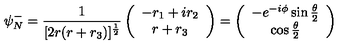
\psi _ { N } ^ { - } = \frac { 1 } { [ 2 r ( r + r _ { 3 } ) ] ^ { \frac { 1 } { 2 } } } \left( \begin{array} { c } { - r _ { 1 } + i r _ { 2 } } \\ { r + r _ { 3 } } \\ \end{array} \right) = \left( \begin{array} { c } { - e ^ { - i \phi } \sin \frac { \theta } { 2 } } \\ { \cos \frac { \theta } { 2 } } \\ \end{array} \right)